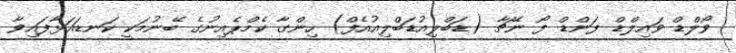
ވޯލްޑް ވައިލްޑް ފަންޑް ފޯ ނޭޗާ (ޑަބްލިއުޑަބްލިއުއެފް) ހިންގާ ކެމްޕެއިނުގެ ބޭނުމަކީ ކަނޑައަޅާފައިވާ